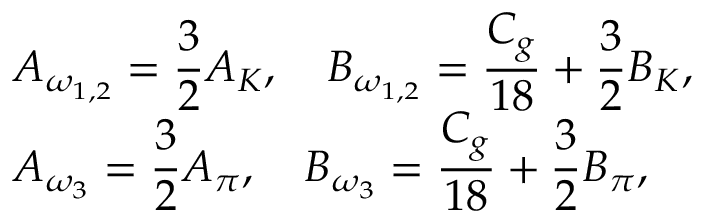
\begin{array} { l } { { \displaystyle { A _ { \omega _ { 1 , 2 } } = \frac { 3 } { 2 } A _ { K } } , \quad \displaystyle { B _ { \omega _ { 1 , 2 } } = \frac { C _ { g } } { 1 8 } + \frac { 3 } { 2 } B _ { K } } , \quad } } \\ { { \displaystyle { A _ { \omega _ { 3 } } = \frac { 3 } { 2 } A _ { \pi } } , \quad \displaystyle { B _ { \omega _ { 3 } } = \frac { C _ { g } } { 1 8 } + \frac { 3 } { 2 } B _ { \pi } } , } } \end{array}